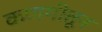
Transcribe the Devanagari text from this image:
कणगीतून